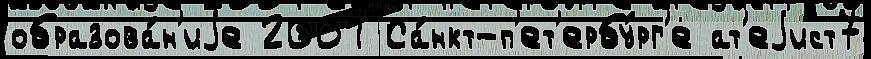
образова́н'иjе 2001 Са́нкт-п'ет'ербу́рг'е ат'еjист7